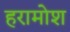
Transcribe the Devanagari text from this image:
हरामोश